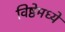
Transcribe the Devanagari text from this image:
विष्ठेमध्ये